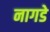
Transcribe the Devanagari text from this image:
नागडे